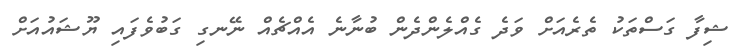
ޝިފާ ގަސްތަކު ތެރެއަށް ވަދެ ގެއްލެންދެން ބުނާނެ އެއްޗެއް ނޭނގި ގަބުވެފައި ޔޫޝައުއަށް